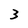
Character: 3